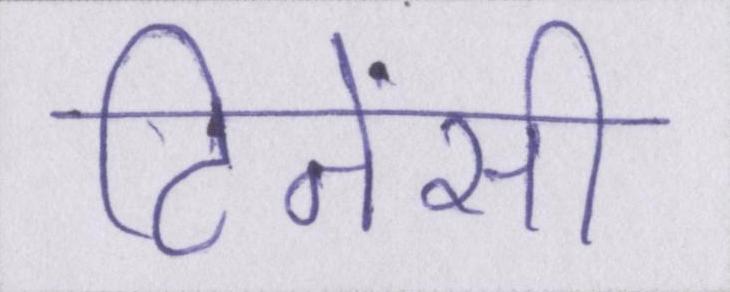
टिनेंसी